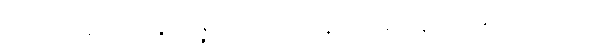
အာစရိယေန မဟာဂန္ဓာရဝိဇ္ဇံ ဝိဟိံသာယ အန္ဓ အသမ္မဋ္ဌဋ္ဌာနံ ဓာဝ အာဘရဏဘဏ္ဍံ